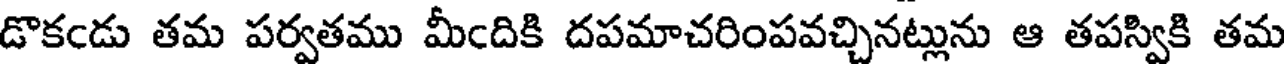
డొకఁడు తమ పర్వతము మీఁదికి దపమాచరింపవచ్చినట్లును ఆ తపస్వికి తమ